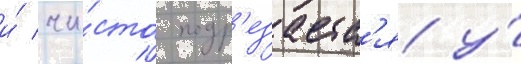
и́ чи́сто подр'езаетс'я у́